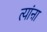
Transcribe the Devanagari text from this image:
त्यांऩा